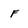
Character: F